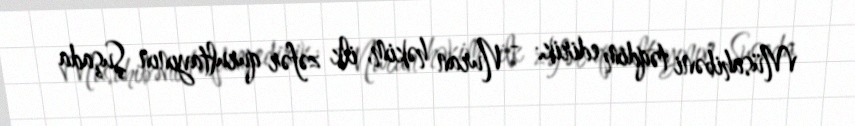
Müsahibəni təqdim edirik: - Nuran həkim, ilk zəfər qurultayının Şuşada